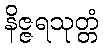
နိဇ္ဇရသုတ္တံ